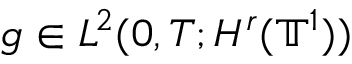
g \in L ^ { 2 } ( 0 , T ; H ^ { r } ( \ensuremath { \mathbb { T } } ^ { 1 } ) )